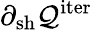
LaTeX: \partial_{\mathrm{sh}}\mathcal{Q}^{\mathrm{iter}}